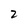
Character: 2